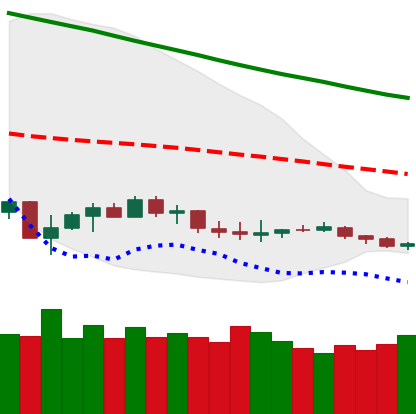
Ticker: LTC-USD
Chart end date: 2019-12-12
Forward return: -15.877%
Label: down_7plus